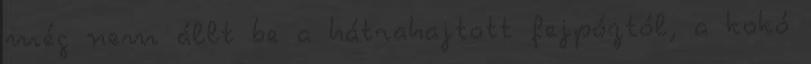
még nem állt be a hátrahajtott fejpóztól, a kokó